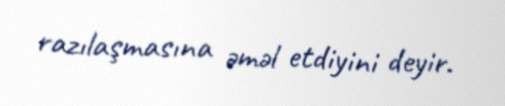
razılaşmasına əməl etdiyini deyir.